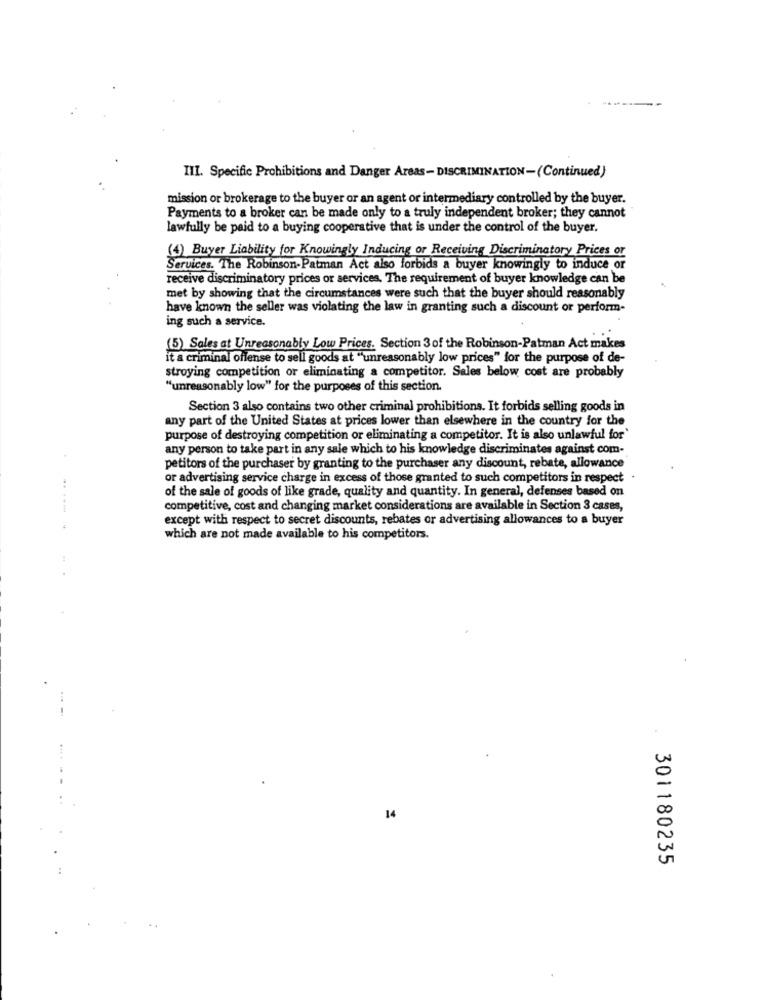
III. Specific Prohibitions and Danger Areas- DISCRIMINATION-(Continued)
mission or brokerage to the buyer or an agent or intermediary controlled by the buyer.
Payments to a broker can be made only to a truly independent broker; they cannot
lawfully be paid to a buying cooperative that is under the control of the buyer.
(4) Buyer Liability for Knowingly Inducing or Receiving Discriminatory Prices or
Services. The Robinson-Patman Act also forbids a buyer knowingly to induce or
receive discriminatory prices or services. The requirement of buyer knowledge can be
met by showing that the circumstances were such that the buyer should reasonably
have known the seller was violating the law in granting such a discount or perform-
ing such a service.
(5) Sales at Unreasonably Low Prices. Section 3 of the Robinson-Patman Act makes
it a criminal offense to sell goods at "unreasonably low prices" for the purpose of de-
stroying competition or eliminating a competitor. Sales below cost are probably
"unreasonably low" for the purposes of this section
Section 3 also contains two other criminal prohibitions. It forbids selling goods in
any part of the United States at prices lower than elsewhere in the country for the
purpose of destroying competition or eliminating a competitor. It is also unlawful for'
any person to take part in any sale which to his knowledge discriminates against com-
petitors of the purchaser by granting to the purchaser any discount, rebate, allowance
or advertising service charge in excess of those granted to such competitors in respect
of the sale of goods of like grade, quality and quantity. In general, defenses based on
competitive, cost and changing market considerations are available in Section 3 cases,
except with respect to secret discounts, rebates or advertising allowances to a buyer
..... .
which are not made available to his competitors.
14
301180235